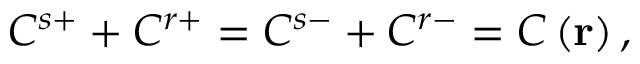
C ^ { s + } + C ^ { r + } = C ^ { s - } + C ^ { r - } = C \left( \mathbf { r } \right) ,